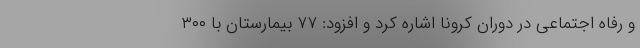
و رفاه اجتماعی در دوران کرونا اشاره کرد و افزود: ۷۷ بیمارستان با ۳۰۰